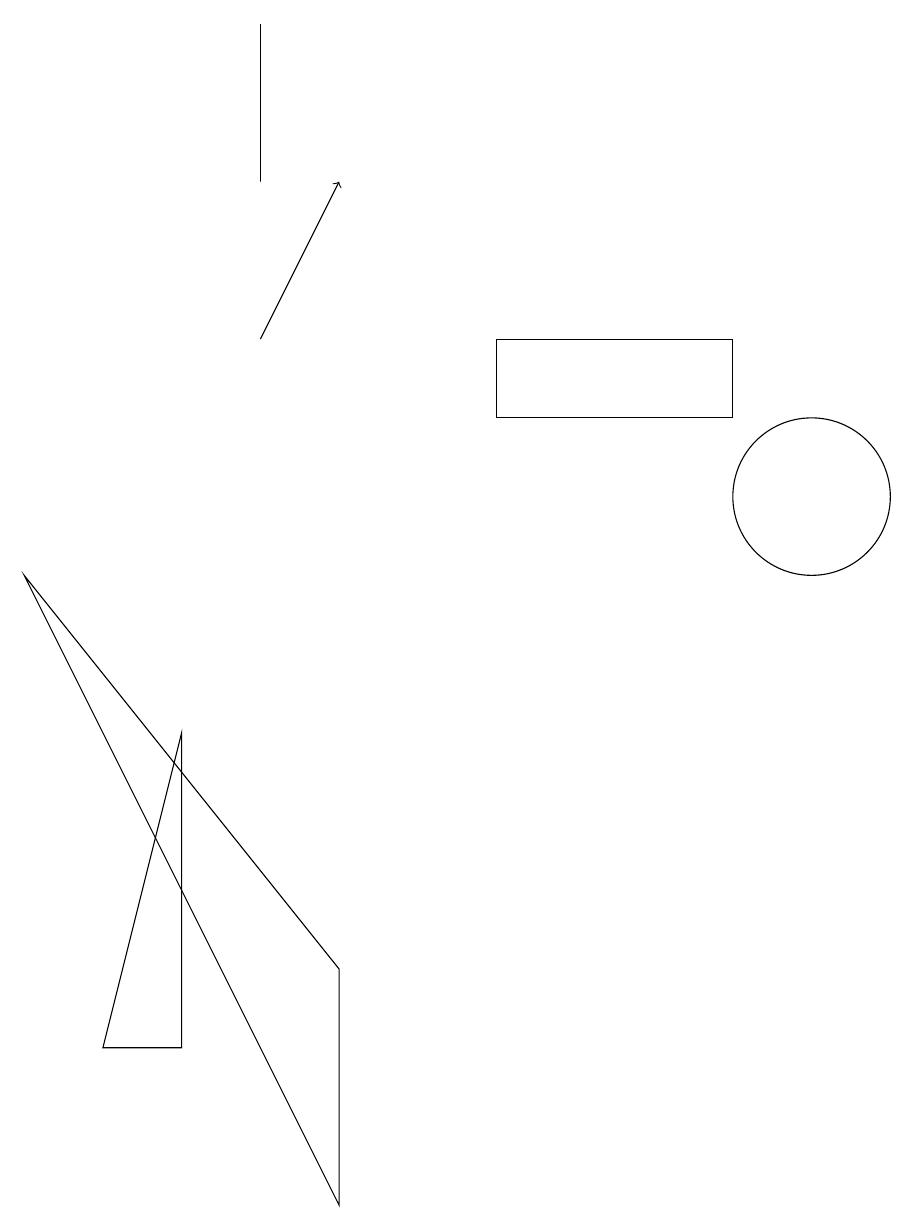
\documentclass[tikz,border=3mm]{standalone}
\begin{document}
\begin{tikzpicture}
\draw (2,3) -- (2,7) -- (1,3) -- cycle;
\draw[->] (3,12) -- (4,14);
\draw (10,10) circle (1);
\draw (6,11) rectangle (9,12);
\draw (0,9) -- (4,4) -- (4,1) -- cycle;
\draw (3,14) rectangle (3,16);
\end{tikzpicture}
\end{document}